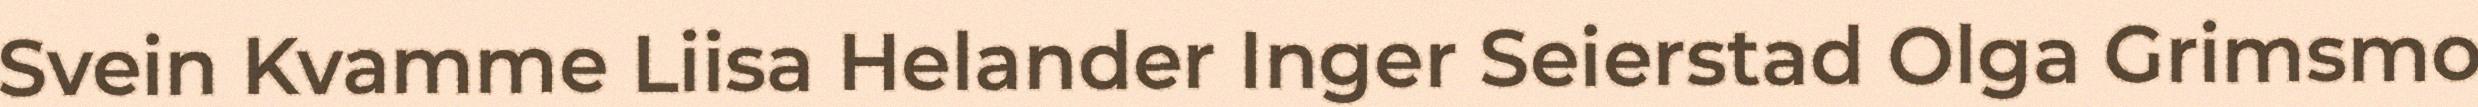
Svein Kvamme Liisa Helander Inger Seierstad Olga Grimsmo